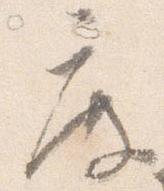
度